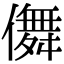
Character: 儛